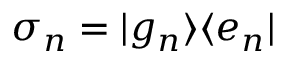
\sigma _ { n } = \vert g _ { n } \rangle \langle e _ { n } \vert